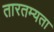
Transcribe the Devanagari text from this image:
तारतम्‍यता